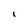
Character: l